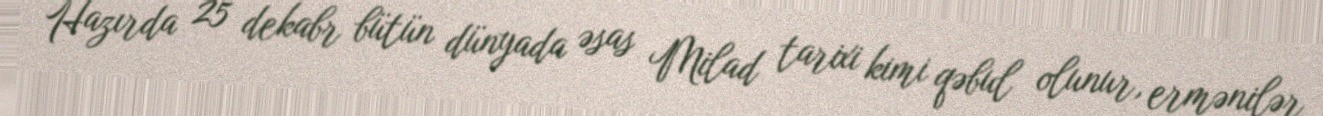
Hazırda 25 dekabr bütün dünyada əsas Milad tarixi kimi qəbul olunur, ermənilər